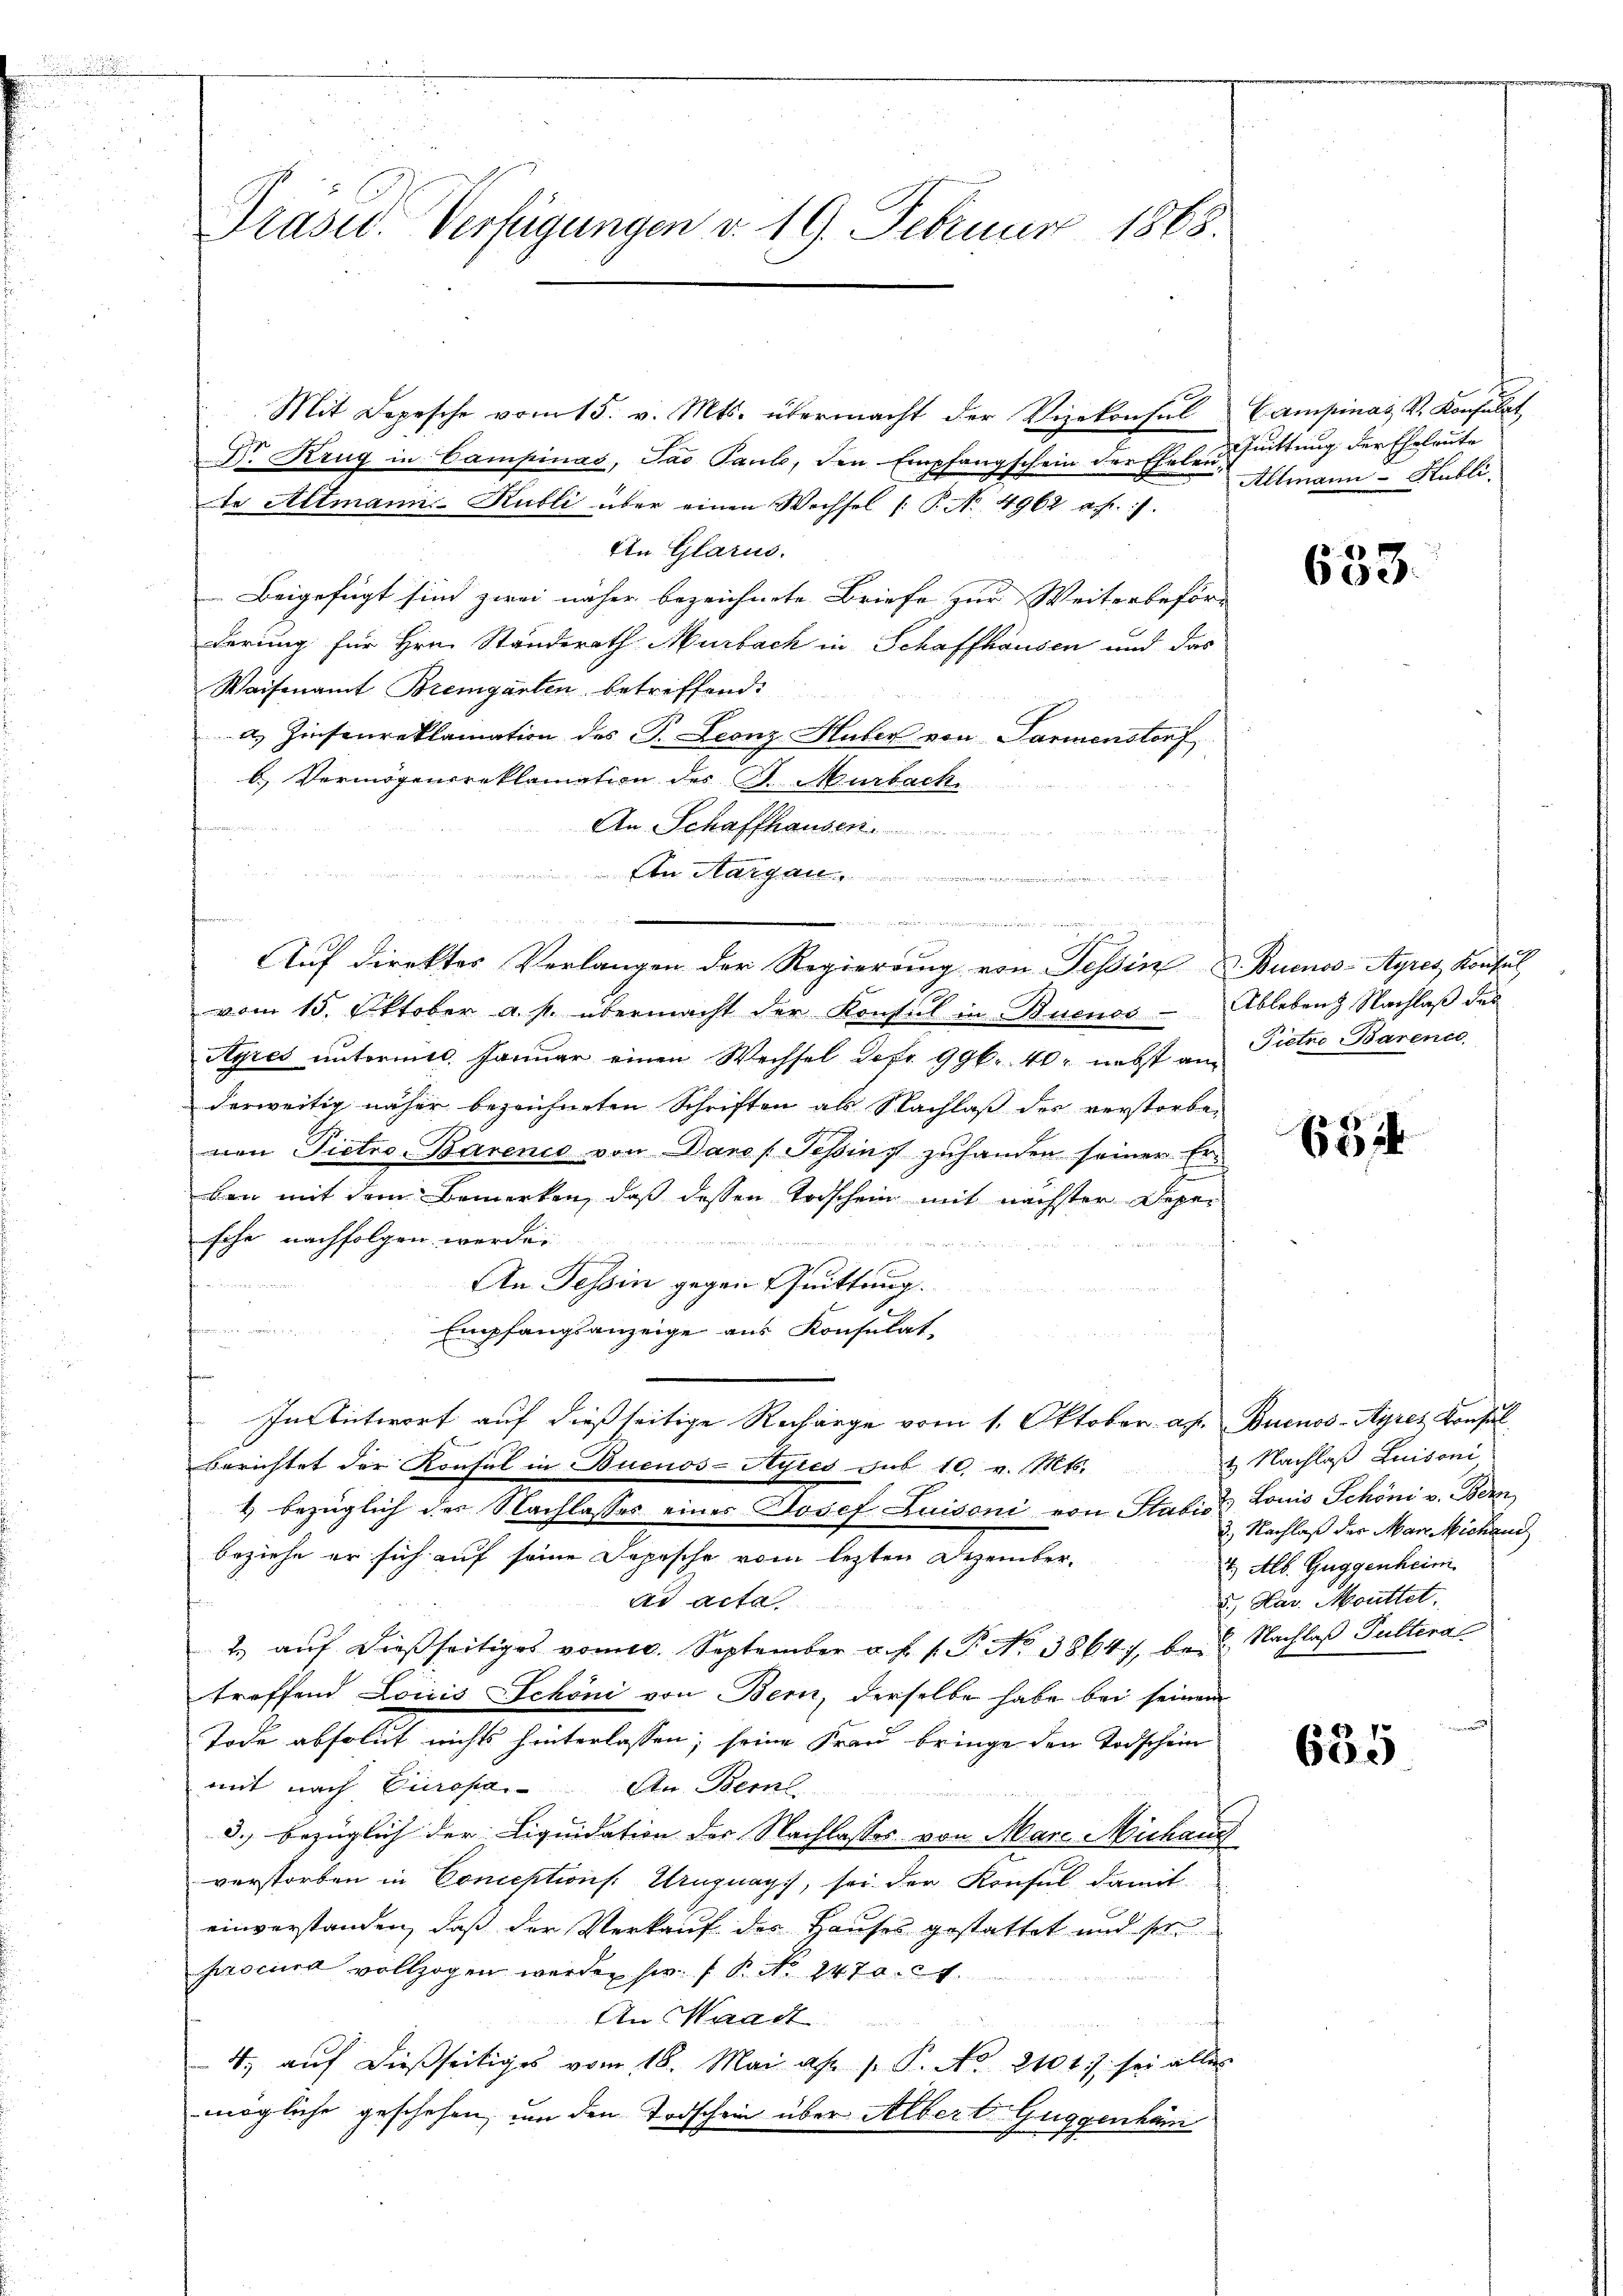
.
n

Mit Depesche vom 15. v. Mts. übermacht der Vizekonsul Campinay V. Konsulat
Dr. Krug in Campinas, Jao Paul, den Empfangschein der Eheleude Altmann-Kubli über einen Wechsel /: P. Nr. 4962 a. f. 7.
An Glarus.
Beigefügt sind zwei näher bezeichnete Briefe zur Weiterbeför-
derung für Hrn. Standerath Murbach in Schaffhausen und das
Waisenamt Bremgarten betreffend:
a. Zinsenreklamation des P. Leonz Huber von Parmenstorf
b.) Vermögensreklamation des St. Murbach.
An Schaffhausen
An Margau.
Auf direktes Verlangen der Regierung von Tessin Buenos-Ayres Konsul
vom 15. Oktober a. p. übermacht der Konsul in Buenos - Ableben Nachlaß des
Ayres untermis. Januar einen Wechsel der 99. 40. nebst an Pietro Barence
derweitig näher bezeichneten Schriften als Nachlaß der verstorbe-
nen Pietro-Barenis von Dans Tessinst zuhanden seiner Erban mit dem Bemerken, daß dessen Todschein mit nächster Depesche nachfolgen werden.
An Tessin gegen Quittung.
u
farnen Forderun
Empfangsanzeige aus Konsulat
f
In Antwort auf dießseitige Recharge vom 1. Oktober a.h. Buenos-Ayres Konsul
Berichtet der Konsul in Buenos-Ayres sub 10. v. Mts.
4 bezüglich der Nachlasses einer Josef Luisoni von Stabes Louis Schöni v. Bern
beziehe er sich auf seine Depesche vom lezten Dezember-
ad acta
2 auf dießseitiges vom 6. September a. f. 1. P. No 3864, be- 2. Nachlaß Pultera
treffend Loicis Schöni von Bern, derselbe habe bei seinem
Tode absolut nichts hinterlassen, seine Frau bringe den Todschein
mit nach Europa. An Bern
3. bezüglich der Liquidation des Nachlasses von Marc Michaus
verstorben in Conceptions. Uruguays, sei der Konsul damit
einverstanden, daß der Verkauf der Hauses gestattet und se
procura vollzogen werden her B. No. 247. 24.
An Waadt
4. aŭf dießseitiges vom 18. Mai als s. P. No 2101) sei alles
mögliche geschehen, um den Todschein über Albert Guggenhän

Präsid. Verfügungen d. 19. Februar 1868.

a

2 lit. Mai

C
Quittung der Eheleute
Altmann-Kubli,

633.

6314

1. Nachlaß Luisoni
3.) Nachlaß der Mann Michand
t Alb. Guggenheim
2.) Har. Müttet,
n
18. 631

600